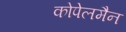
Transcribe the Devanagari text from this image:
कोपेलमैन